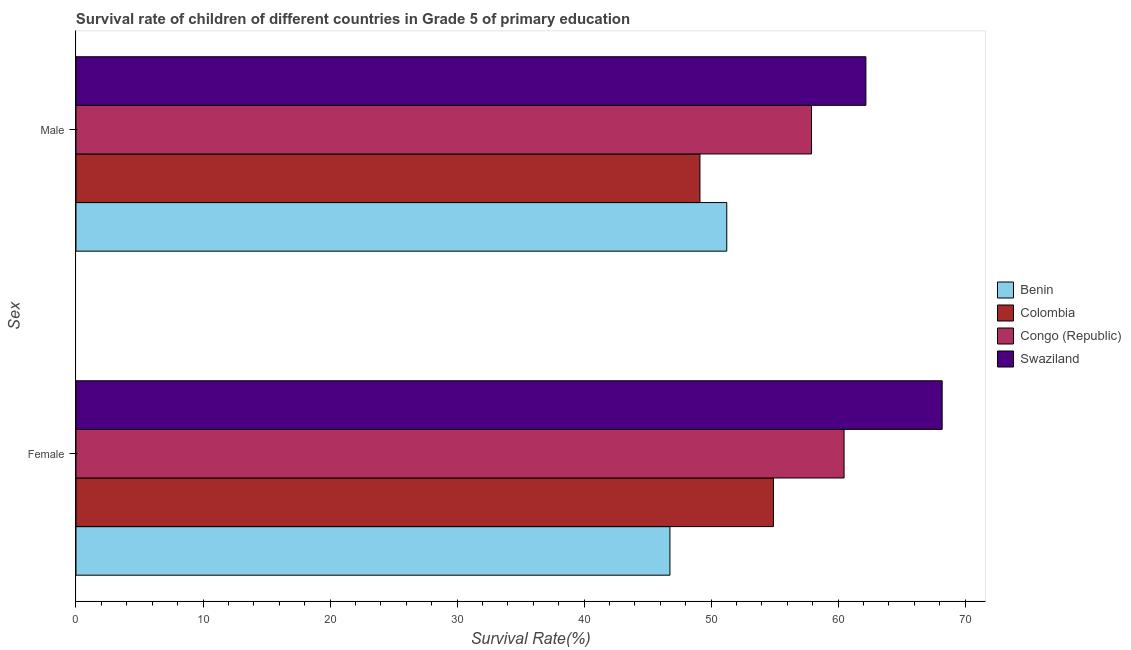
| Sex | Benin | Colombia | Congo (Republic) | Swaziland |
 | --- | --- | --- | --- | --- |
 | Female | 46.8 | 54.9 | 60.5 | 68.2 |
 | Male | 51.2 | 49.1 | 57.9 | 62.2 |